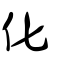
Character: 化